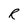
Character: R